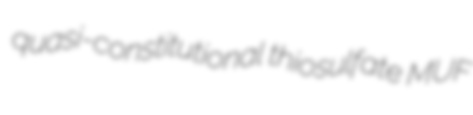
quasi-constitutional thiosulfate MUF